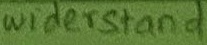
Text: widerstand